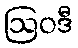
ဩဝဒီ